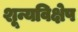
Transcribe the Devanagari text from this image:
शून्यविक्षेप